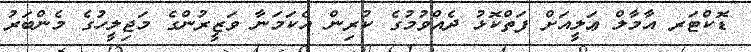
ޑޮކްޓަރ އާމާލް ޢަލީއަށް ފަތްކޮޅު ދެއްވުމުގެ ކުރިން އެކަމަނާ ވަޒީރުންގެ މަޖިލީހުގެ މެންބަރު